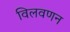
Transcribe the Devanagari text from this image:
विलवणन